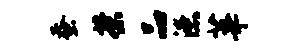
蚕茶品漶莘